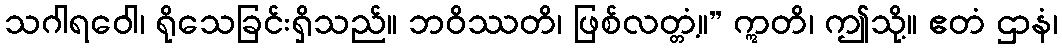
သဂါရဝေါ၊ ရိုသေခြင်းရှိသည်။ ဘဝိဿတိ၊ ဖြစ်လတ္တံ့။” ဣတိ၊ ဤသို့။ ဧတံ ဌာနံ၊